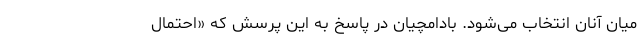
میان آنان انتخاب می‌شود. بادامچیان در پاسخ به این پرسش که «احتمال